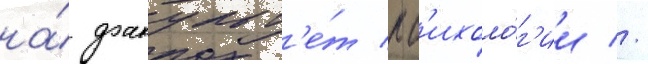
на́ факульт'е́т пс'ихоло́г'ии //